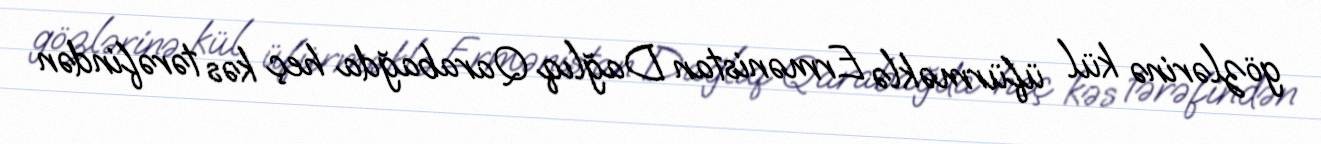
gözlərinə kül üfürməklə Ermənistan Dağlıq Qarabağda heç kəs tərəfindən